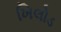
ખિલોડ